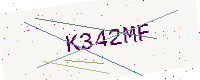
Text: K342MF